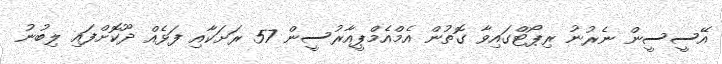
އޭސީސީން ނެރުނު ރިޕޯޓްގައިވާ ގޮތުން އެމްއެމްޕީއާރުސީން 57 ރަށަކާއި ފަޅެއް ދޫކޮށްފައި ލިބުނު